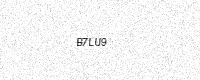
Text: B7LU9